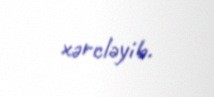
xərcləyib.